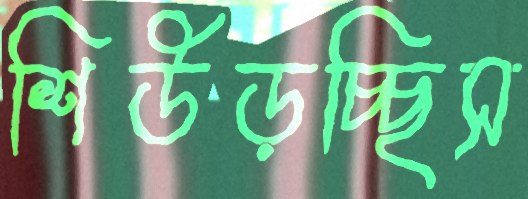
শিউড়চ্ছিস